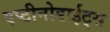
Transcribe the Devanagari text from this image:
एप्टीनोडाईट्स